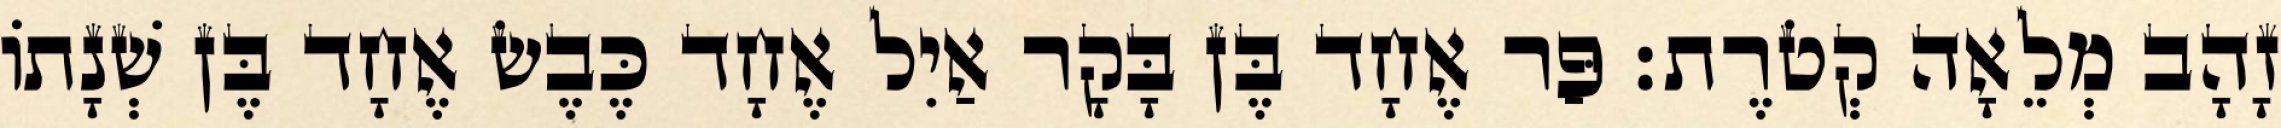
זָהָב מְלֵאָה קְטֹרֶת׃ פַּר אֶחָד בֶּן בָּקָר אַיִל אֶחָד כֶּבֶשׂ אֶחָד בֶּן שְׁנָתוֹ